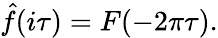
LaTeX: {\hat{f}}(i\tau)=F(-2\pi\tau).